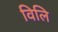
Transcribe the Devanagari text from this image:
विलि